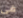
فى